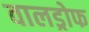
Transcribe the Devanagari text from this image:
वालड्रोफ